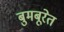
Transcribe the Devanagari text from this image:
बुमबूरेत